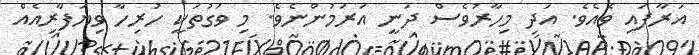
އަރާފައި ވެއެވެ. އަދި މިހާރުވެސް ދަނީ އަރަމުންނެވެ. މި ވަގުތަކީ ހުރިހާ ވިޔަފާރިއެއް